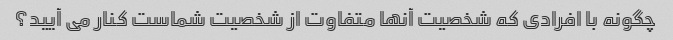
چگونه با افرادی که شخصیت آنها متفاوت از شخصیت شماست کنار می آیید؟